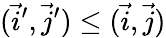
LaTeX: (\vec{i}^{\prime},\vec{j}^{\prime})\leq(\vec{i},\vec{j})